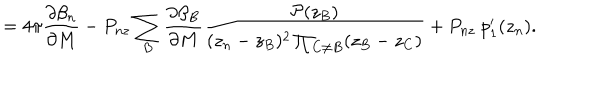
LaTeX: = 4 \pi \frac { \partial \beta _ { n } } { \partial M } - P _ { n z } \sum _ { B } \frac { \partial \beta _ { B } } { \partial M } \frac { { \cal P } ( z _ { B } ) } { ( z _ { n } - z _ { B } ) ^ { 2 } \prod _ { C \neq B } ( z _ { B } - z _ { C } ) } + P _ { n z } ~ p _ { 1 } ^ { \prime } ( z _ { n } ) .